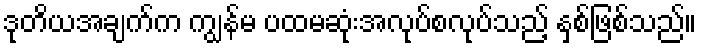
ဒုတိယအချက်က ကျွန်မ ပထမဆုံးအလုပ်စလုပ်သည့် နှစ်ဖြစ်သည်။